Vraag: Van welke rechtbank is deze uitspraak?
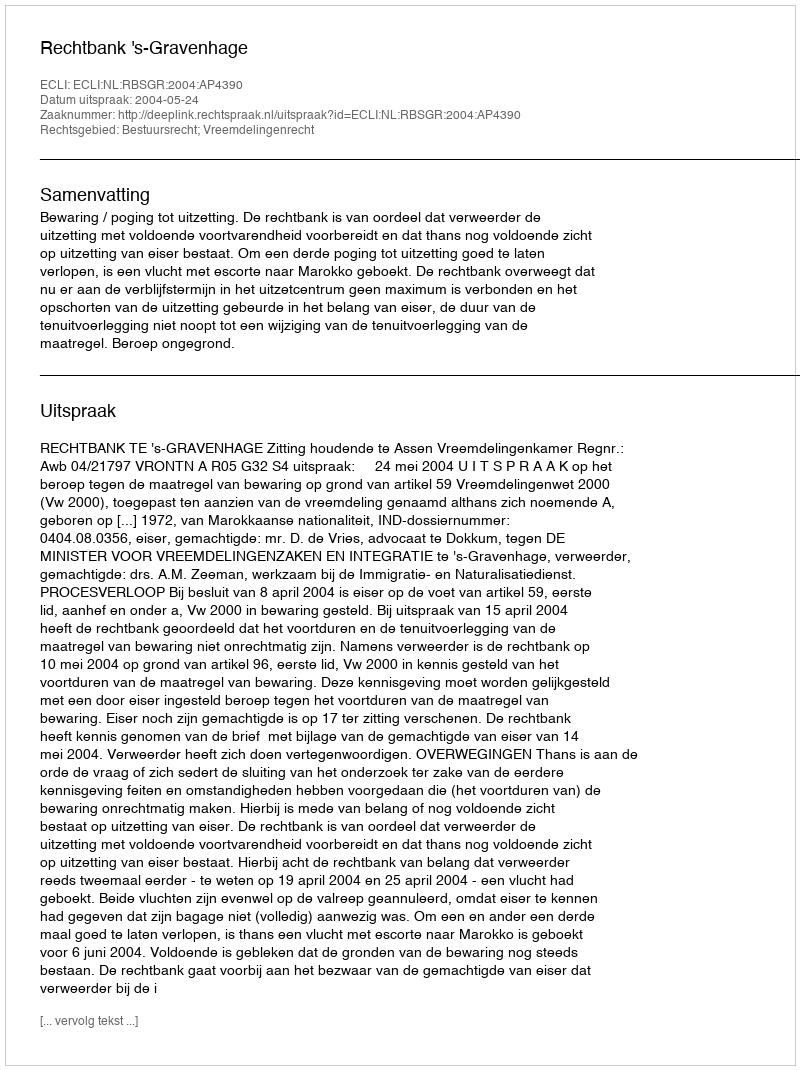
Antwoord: Rechtbank 's-Gravenhage